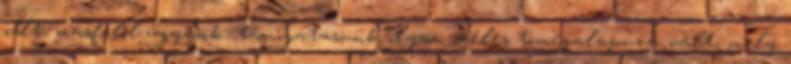
volt, másfelől ügyünk, támogatásunk olyan széles tömegalapúvá vált, mely